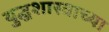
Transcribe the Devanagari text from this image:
युद्धशास्त्राच्या